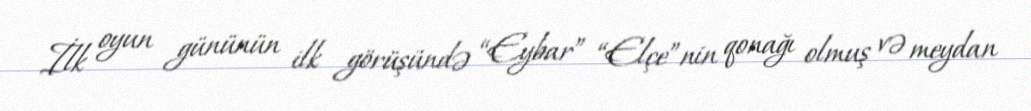
İlk oyun gününün ilk görüşündə “Eybar” “Elçe”nin qonağı olmuş və meydan